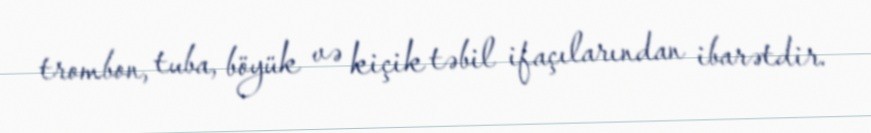
trombon, tuba, böyük və kiçik təbil ifaçılarından ibarətdir.